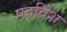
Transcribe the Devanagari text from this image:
षटविँश